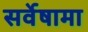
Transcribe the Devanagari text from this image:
सर्वेषामा